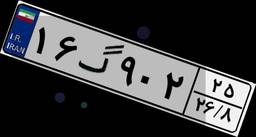
۱۶گ۹۰۲۲۵